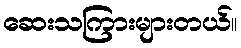
ဆေးသကြားများတယ်။